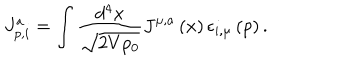
LaTeX: J _ { p , i } ^ { a } = \int \frac { d ^ { 4 } x } { \sqrt { 2 V p _ { 0 } } } J ^ { \mu , a } \left( x \right) \epsilon _ { i , \mu } \left( p \right) .